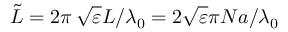
\tilde { L } = 2 \pi \, \sqrt { \varepsilon } L / \lambda _ { 0 } = 2 \sqrt { \varepsilon } \pi N a / \lambda _ { 0 }